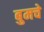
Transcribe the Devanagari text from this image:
बुमचे